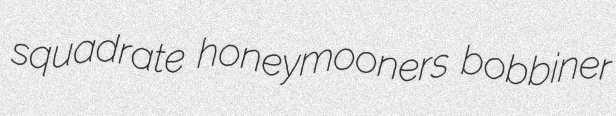
squadrate honeymooners bobbiner